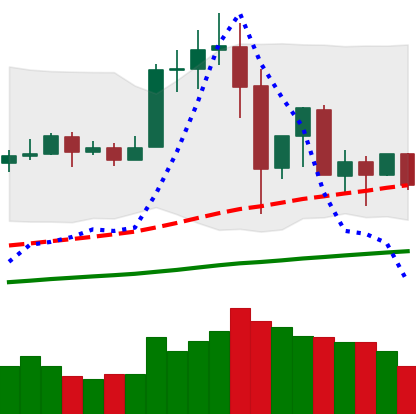
Ticker: TRX-USD
Chart end date: 2019-07-04
Forward return: 9.454%
Label: up_7plus